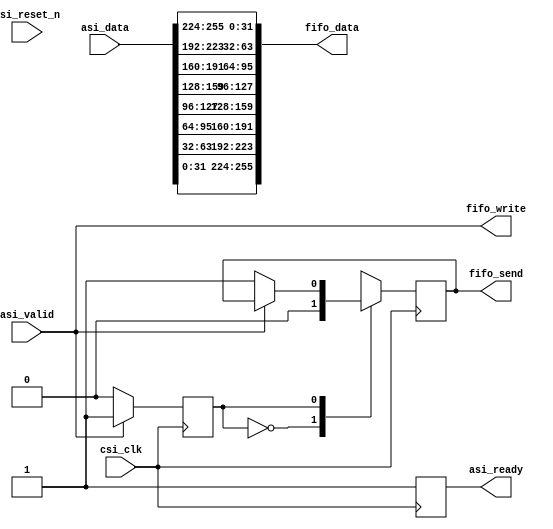
module streamFIFO(
		  // QSYS interface
		  input 	 csi_clk,
		  input 	 rsi_reset_n,
		  //Avalon ST interface
		  output reg 	 asi_ready,
		  input 	 asi_valid,
		  input [255:0]  asi_data,
		  //Peripheral Interface
		  output [255:0] fifo_data,
		  output 	 fifo_write,
		  output wire 	 fifo_send
		  );

   reg send_flag = 1'b0;
   reg FSM = 1'b0;
   
////Function for reversing the number of bits in a parallel bus.
//   function [16-1:0] bitOrder (
//			       input [255:0] data
//			       );
//      integer i;
//      begin
//	 for (i=0; i < 256; i=i+1) begin : reverse
//            bitOrder[255-i] = data[i]; //Note how the vectors get swapped around here by the index. For i=0, i_out=15, and vice versa.
//	 end
//      end
//   endfunction // bitOrder
//
   
   assign fifo_write = asi_valid; // write word to fifo
   assign fifo_data[255:224] = asi_data[31:0]; //connecting avalon to fifo
   assign fifo_data[223:192] = asi_data[63:32]; //connecting avalon to fifo
   assign fifo_data[191:160] = asi_data[95:64]; //connecting avalon to fifo
   assign fifo_data[159:128] = asi_data[127:96]; //connecting avalon to fifo
   assign fifo_data[127:96]  = asi_data[159:128]; //connecting avalon to fifo
   assign fifo_data[95:64]   = asi_data[191:160]; //connecting avalon to fifo
   assign fifo_data[63:32]   = asi_data[223:192]; //connecting avalon to fifo
   assign fifo_data[31:0]    = asi_data[255:224]; //connecting avalon to fifo
   
   always @(posedge csi_clk)
     begin	
	asi_ready = 1'b1;
	case(FSM)
	  1'b0:
	    begin
	       send_flag = 1'b0;
	       if(asi_valid) FSM <= 1'b1;
	    end
	  1'b1:
	    begin
	       if(~asi_valid)
		 begin
		    send_flag = 1'b1;
		    FSM <= 1'b0;
		 end
	    end
	endcase		
     end
   assign fifo_send = send_flag;
endmodule